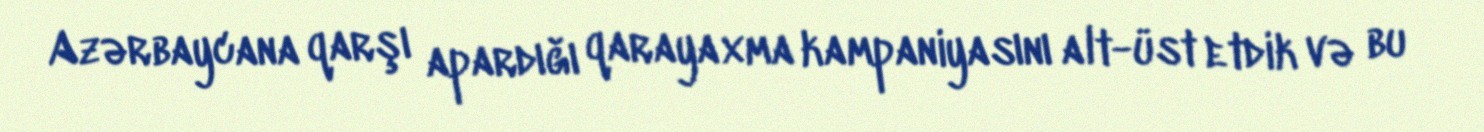
Azərbaycana qarşı apardığı qarayaxma kampaniyasını alt-üst etdik və bu